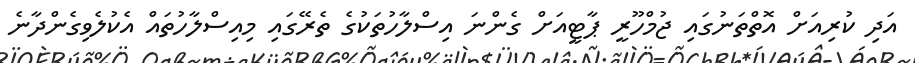
އަދި ކުރިއަށް އޮތްތަނުގައި ޖުމްހޫރީ ޕާޓީއަށް ގެންނަ އިސްލާހުތަކުގެ ތެރޭގައި މިއިސްލާހުތައް އެކުލެވިގެންދާނެ